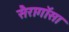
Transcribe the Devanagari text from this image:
सैरागॉसा